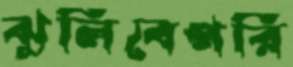
ঝুলিবেপরি